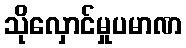
သိုလှောင်မှုပမာဏ